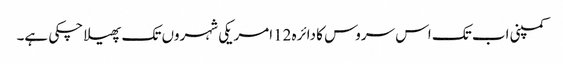
کمپنی اب تک اس سروس کا دائرہ 12امریکی شہروں تک پھیلا چکی ہے۔